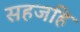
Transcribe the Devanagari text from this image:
सहजहि